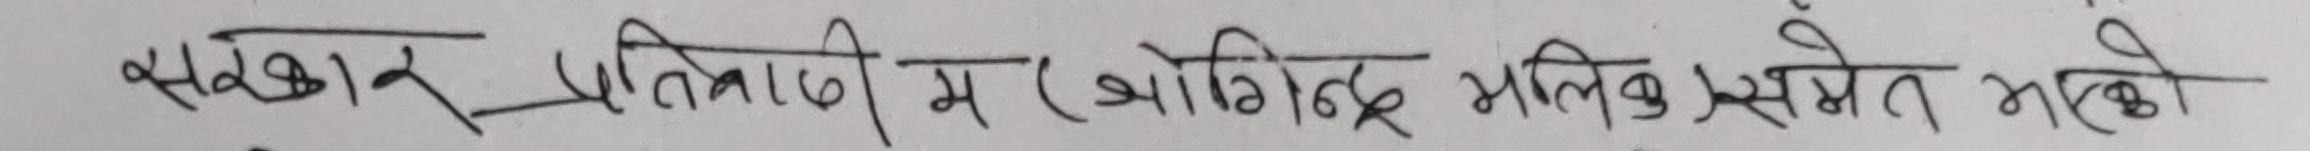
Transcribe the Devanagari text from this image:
सखार प्रतिलिपि मा (ओगिन्द्र भलिक) समेत भएको